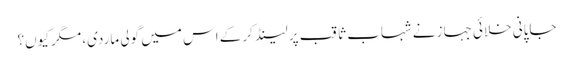
جاپانی خلائی جہاز نے شہاب ثاقب پر لینڈ کرکے اس میں گولی ماردی، مگر کیوں؟